On the morphology, teratology, and diclinism of the flowers of cannabis - Number 12
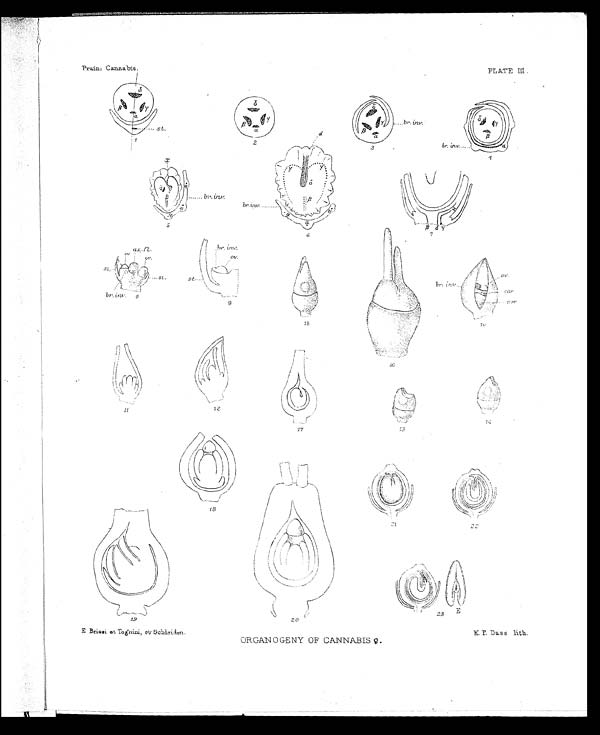
Prain: Cannabis.
PL ATE III.
E Briosi et Tognini, et Schleiden.
O R G A N O G E N Y O F C A N N A B I S
♀
.
K.P.Dass lith.